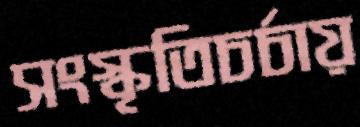
সংস্কৃতিচর্চায়